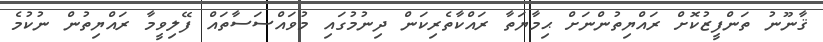
ޤާނޫނު ތަންފީޒުކޮށް ރައްޔިތުންނަށް ޙިމާޔަތާ ރައްކާތެރިކަން ދިނުމުގައި މުވައްސަސާތައް ފޭލިވީމާ ރައްޔިތުން ނުކުމެ